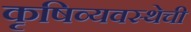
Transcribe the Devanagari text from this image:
कृषिव्यवस्थेची